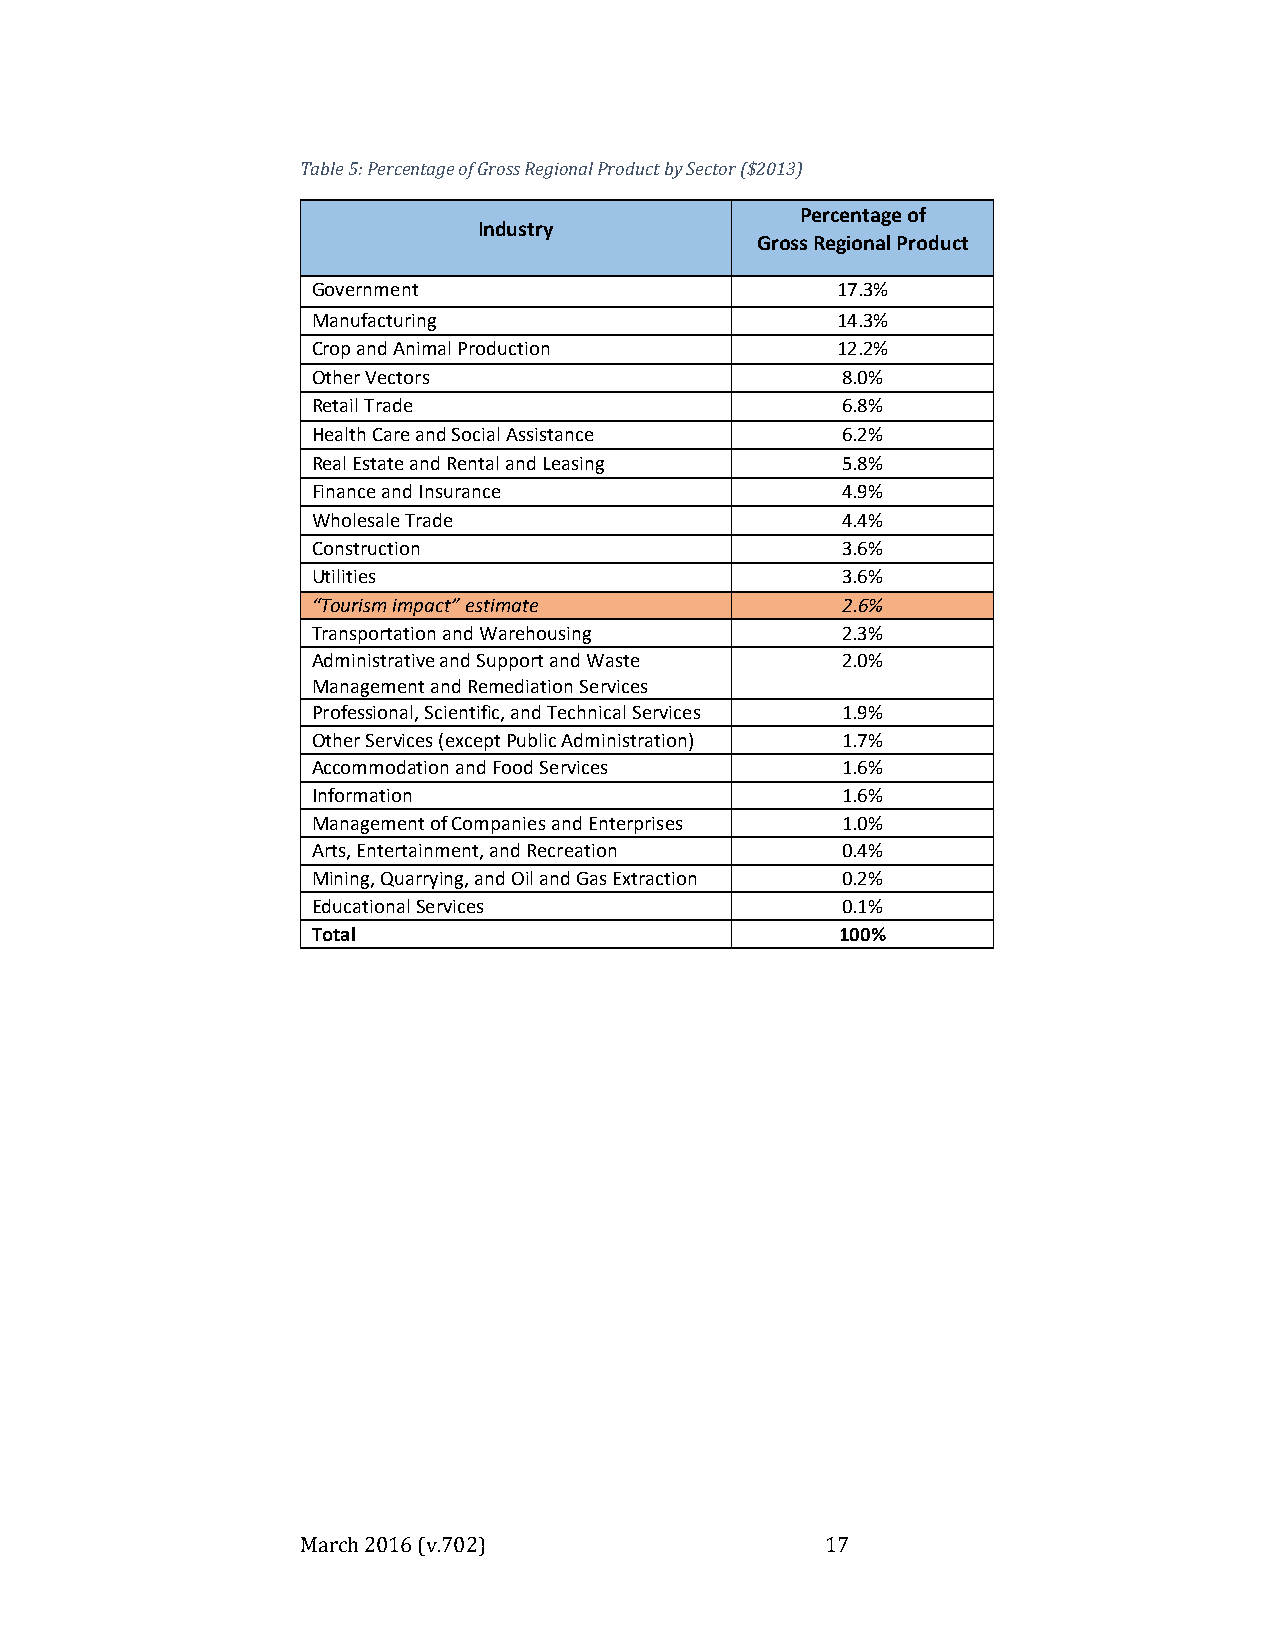
Table 5: Percentage of Gross Regional Product by Sector ($2013)
 Percentage of
 Industry
 Gross Regional Product
 Government                        17.3%
 Manufacturing                     14.3%
 Crop and Animal Production        12.2%
 Other Vectors                      8.0%
 Retail Trade                       6.8%
 Health Care and Social Assistance  6.2%
 Real Estate and Rental and Leasing 5.8%
 Finance and Insurance              4.9%
 Wholesale Trade                    4.4%
 Construction                       3.6%
 Utilities                          3.6%
 “Tourism impact” estimate          2.6%
 Transportation and Warehousing     2.3%
 Administrative and Support and Waste 2.0%
 Management and Remediation Services
 Professional, Scientific, and Technical Services 1.9%
 Other Services (except Public Administration) 1.7%
 Accommodation and Food Services    1.6%
 Information                        1.6%
 Management of Companies and Enterprises 1.0%
 Arts, Entertainment, and Recreation 0.4%
 Mining, Quarrying, and Oil and Gas Extraction 0.2%
 Educational Services               0.1%
 Total                              100%
 March 2016 (v.702)                 17